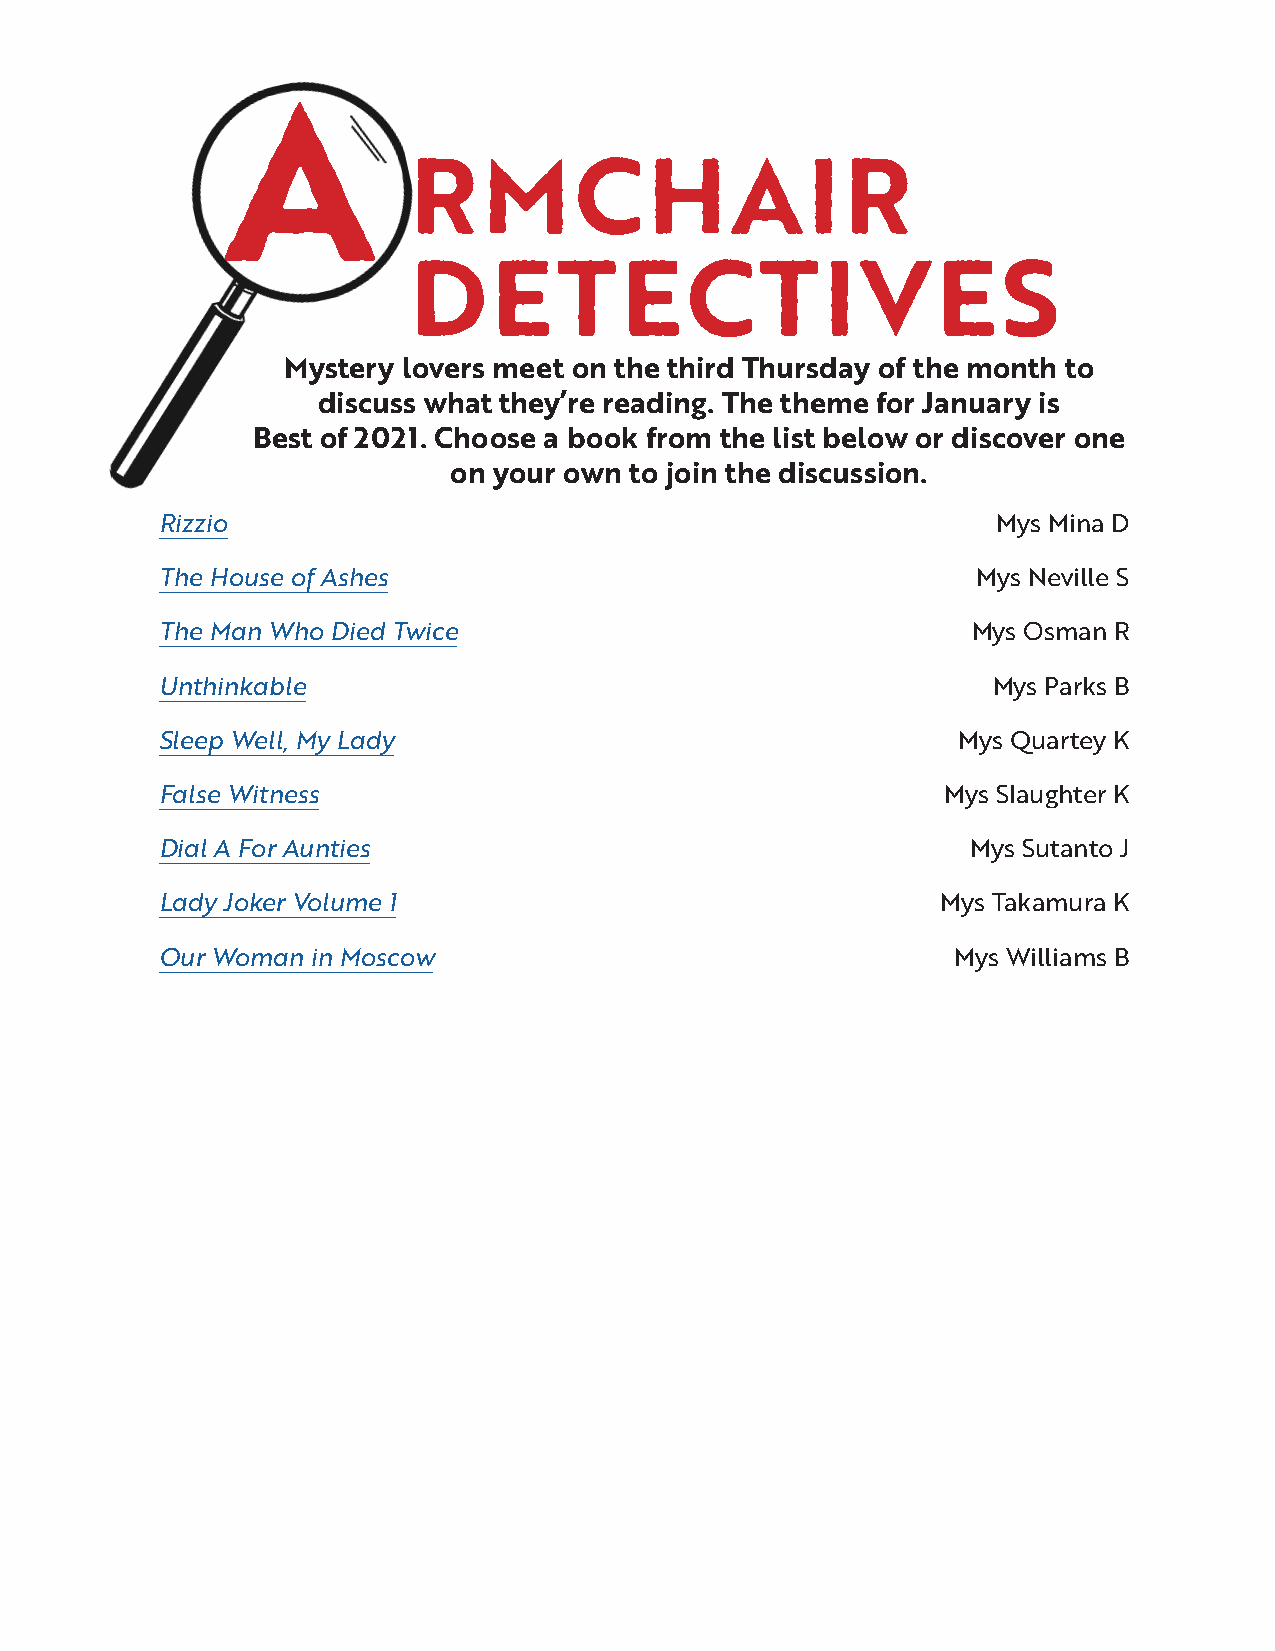
A
 RMCHAIR
 DETECTIVES
 Mystery lovers meet on the third Thursday of the month to
 discuss what they’re reading. The theme for January is
 Best of 2021. Choose a book from the list below or discover one
 on your own to join the discussion.
 Rizzio                                                 Mys Mina D
 The House of Ashes                                    Mys Neville S
 The Man Who Died Twice                               Mys Osman R
 Unthinkable                                            Mys Parks B
 Sleep Well, My Lady                                 Mys Quartey K
 False Witness                                      Mys Slaughter K
 Dial A For Aunties                                   Mys Sutanto J
 Lady Joker Volume 1                                Mys Takamura K
 Our Woman in Moscow                                 Mys Williams B